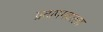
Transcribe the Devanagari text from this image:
प्रतापगडाला